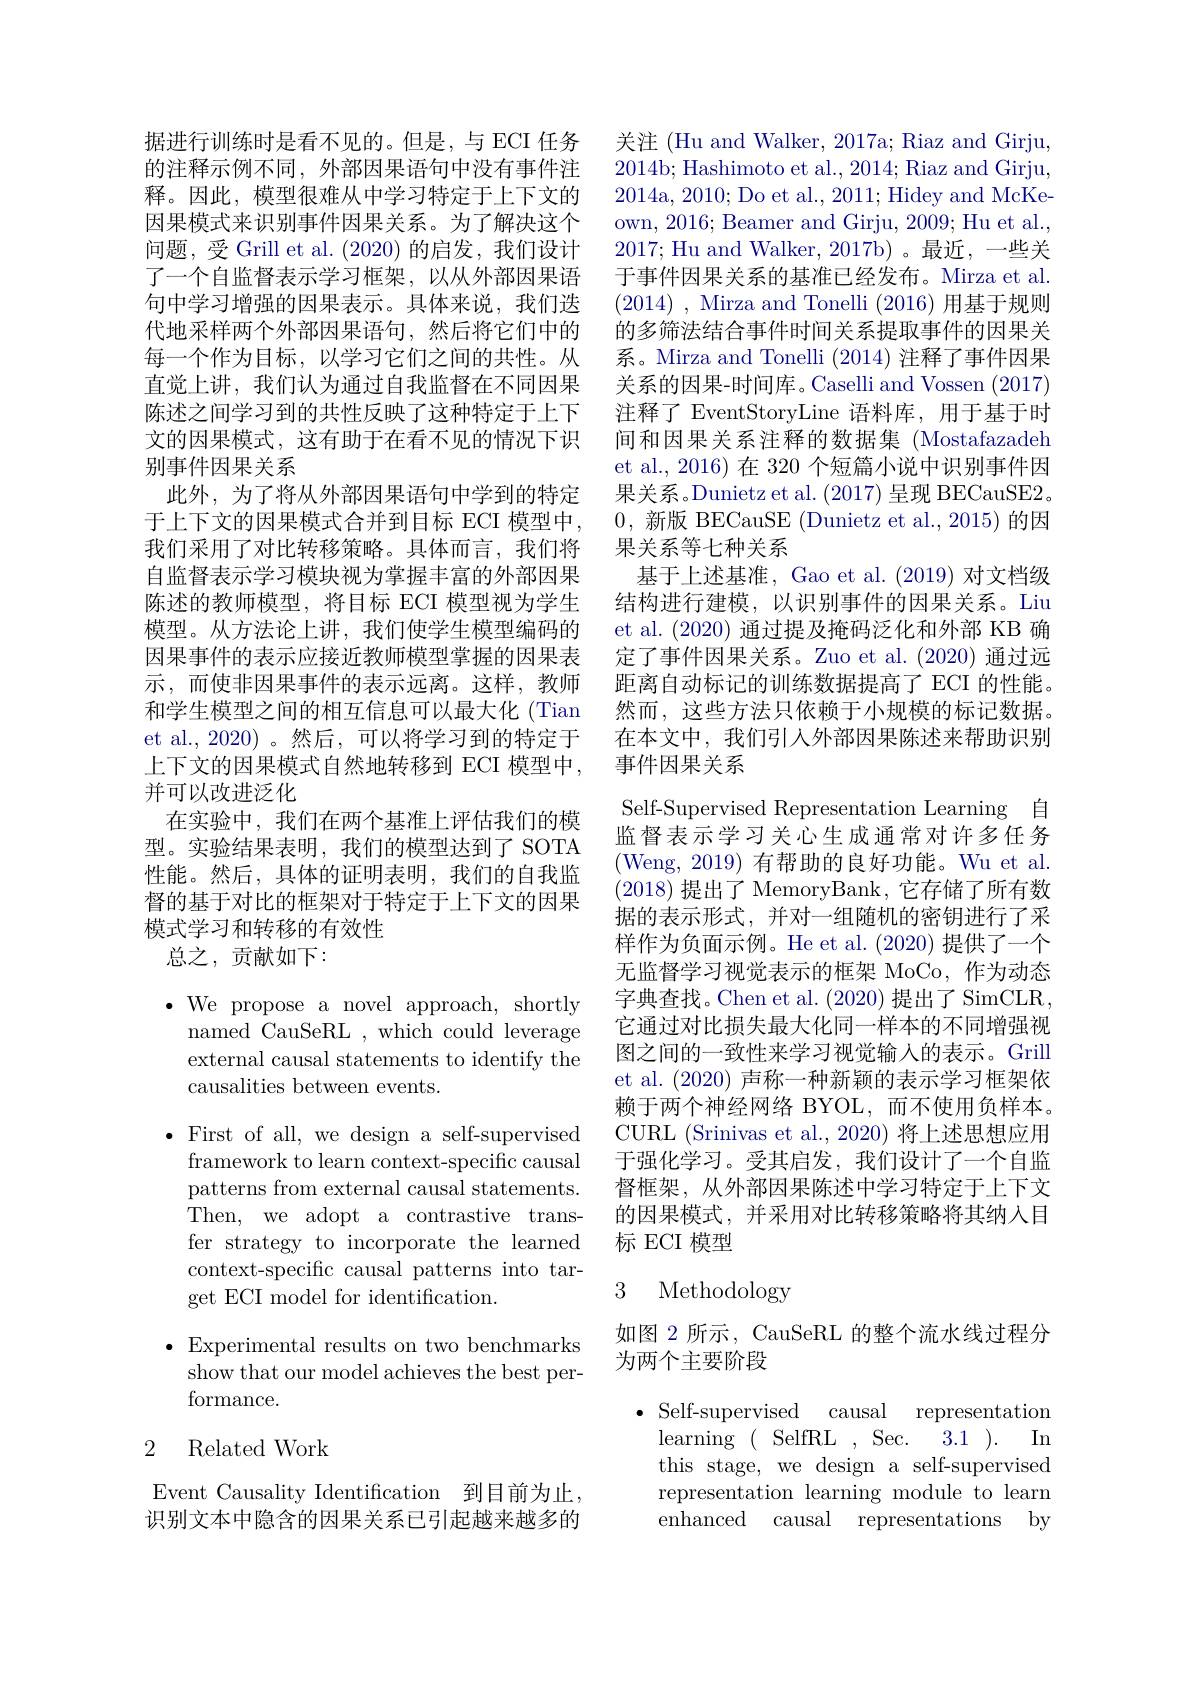
据进行训练时是看不见的。但是，与 ECI 任务的注释示例不同，外部因果语句中没有事件注释。因此，模型很难从中学习特定于上下文的因果模式来识别事件因果关系。为了解决这个问题，受 Grill et al. (2020)的启发，我们设计了一个自监督表示学习框架，以从外部因果语句中学习增强的因果表示。具体来说，我们迭代地采样两个外部因果语句，然后将它们中的每一个作为目标，以学习它们之间的共性。从直觉上讲，我们认为通过自我监督在不同因果陈述之间学习到的共性反映了这种特定于上下文的因果模式，这有助于在看不见的情况下识别事件因果关系
此外，为了将从外部因果语句中学到的特定于上下文的因果模式合并到目标 ECI 模型中， 我们采用了对比转移策略。具体而言，我们将自监督表示学习模块视为掌握丰富的外部因果陈述的教师模型，将目标 ECI 模型视为学生模型。从方法论上讲，我们使学生模型编码的因果事件的表示应接近教师模型掌握的因果表示，而使非因果事件的表示远离。这样，教师和学生模型之间的相互信息可以最大化 (Tian et al.,2020)。然后，可以将学习到的特定于上下文的因果模式自然地转移到 ECI 模型中， 并可以改进泛化
在实验中，我们在两个基准上评估我们的模型。实验结果表明，我们的模型达到了 SOTA 性能。然后，具体的证明表明，我们的自我监督的基于对比的框架对于特定于上下文的因果模式学习和转移的有效性
总之，贡献如下：

$\cdot$We propose a novel approach, shortly named CauSeRL , which could leverage external causal statements to identify the causalities between events.

$\bullet$ First of all, we design a self-supervised
framework to learn context-specific causal patterns from external causal statements. Then, we adopt a contrastive transfer strategy to incorporate the learned context-specific causal patterns into target ECI model for identification.

$\bullet$Experimental results on two benchmarks show that our model achieves the best performance.

## 2 Related Work

Event Causality Identification 到目前为止， 识别文本中隐含的因果关系已引起越来越多的

关注 (Hu and Walker, 2017a; Riaz and Girju, 2014b; Hashimoto et al., 2014; Riaz and Girju, 2014a, 2010; Do et al., 2011; Hidey and McKeown, 2016; Beamer and Girju, 2009; Hu et al., 2017; Hu and Walker, 2017b)。最近，一些关于事件因果关系的基准已经发布。Mirza et al (2014) , Mirza and Tonelli (2016)用基于规则的多筛法结合事件时间关系提取事件的因果关系。Mirza and Tonelli (2014) 注释了事件因果关系的因果-时间库。Caselli and Vossen (2017) 注释了 EventStoryLine 语料库，用于基于时间和因果关系注释的数据集 (Mostafazadeh et al., 2016) 在 320 个短篇小说中识别事件因果关系。Dunietz et al. (2017)呈现 BECauSE20,新版 BECauSE (Dunietz et al., 2015)的因果关系等七种关系
基于上述基准，Gao et al. (2019)对文档级结构进行建模，以识别事件的因果关系。Liu et al. (2020)通过提及掩码泛化和外部 KB 确定了事件因果关系。Zuo et al.(2020)通过远距离自动标记的训练数据提高了 ECI 的性能。然而，这些方法只依赖于小规模的标记数据。在本文中，我们引入外部因果陈述来帮助识别事件因果关系
Self-Supervised Representation Learning 自监督表示学习关心生成通常对许多任务(Weng, 2019) 有帮助的良好功能。Wu et al. (2018)提出了 MemoryBank, 它存储了所有数据的表示形式，并对一组随机的密钥进行了采样作为负面示例。He et al. (2020) 提供了一个无监督学习视觉表示的框架 MoCo,作为动态字典查找。Chen et al. (2020) 提出了 SimCLR, 它通过对比损失最大化同一样本的不同增强视图之间的一致性来学习视觉输入的表示。Grill et al. (2020)声称一种新颖的表示学习框架依赖于两个神经网络 BYOL,而不使用负样本。CURL (Srinivas et al., 2020) 将上述思想应用于强化学习。受其启发，我们设计了一个自监督框架，从外部因果陈述中学习特定于上下文的因果模式，并采用对比转移策略将其纳人目标 ECI 模型
3 Methodology

如图 2 所示，CauSeRL 的整个流水线过程分
为两个主要阶段

$\bullet$ Self-supervised causal representation
3.1 In

learning(SelfRL,Sec.
this stage, we design a self-supervised representation learning module to learn enhanced causal representations by